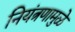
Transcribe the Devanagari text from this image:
नियंत्रणामुळे